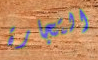
التجارة